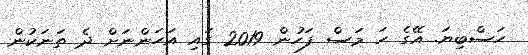
ޙަސްބިޔަ. އޭގެ ހަ މަސް ފަހުން 2019 ގައި އަހަންނަށް ދެ ތަނަކުން